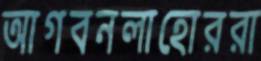
আগবনলাহোররা